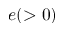
e ( > 0 )